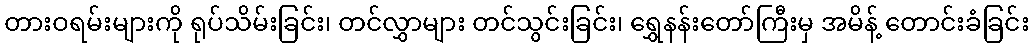
တားဝရမ်းများကို ရုပ်သိမ်းခြင်း၊ တင်လွှာများ တင်သွင်းခြင်း၊ ရွှေနန်းတော်ကြီးမှ အမိန့် တောင်းခံခြင်း